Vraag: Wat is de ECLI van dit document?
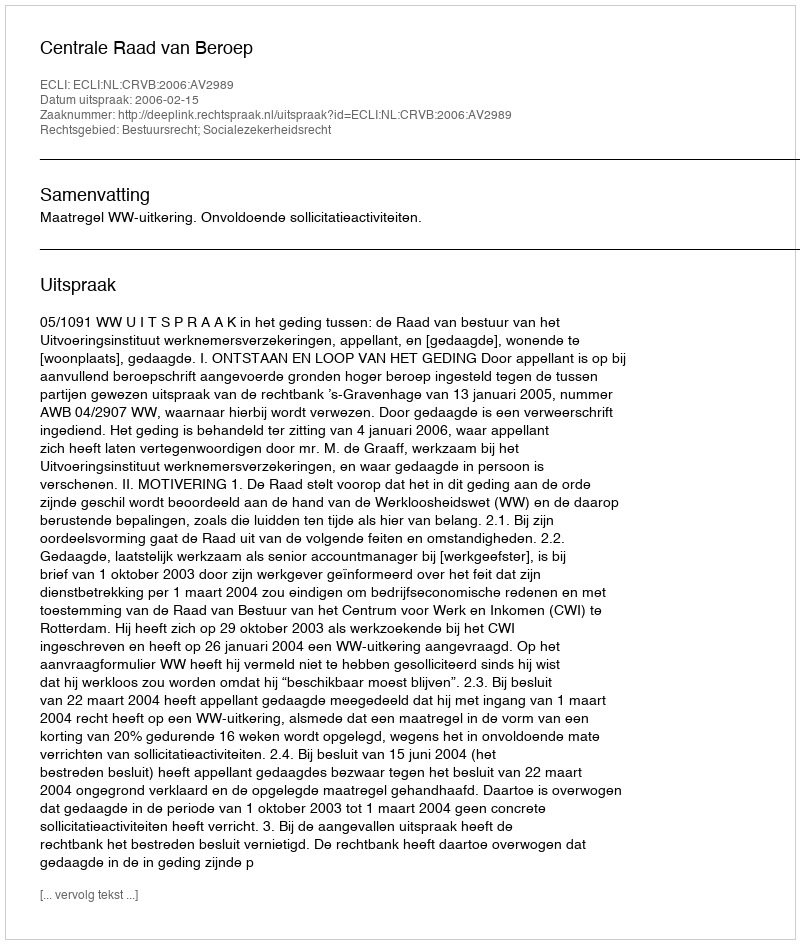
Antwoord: ECLI:NL:CRVB:2006:AV2989